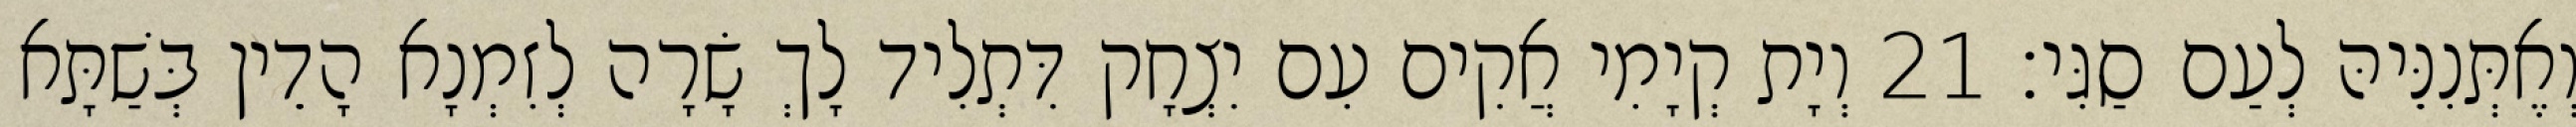
וְאֶתְּנִנֵּיהּ לְעַם סַגִּי׃ 21 וְיָת קְיָמִי אֲקִים עִם יִצְחָק דִּתְלִיד לָךְ שָׂרָה לְזִמְנָא הָדֵין בְּשַׁתָּא